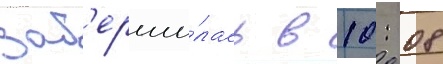
зав'ерши́лась в 10: 08